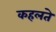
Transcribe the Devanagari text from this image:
कहलते